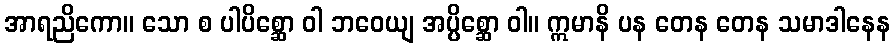
အာရညိကော။ သော စ ပါပိစ္ဆော ဝါ ဘဝေယျ အပ္ပိစ္ဆော ဝါ။ ဣမာနိ ပန တေန တေန သမာဒါနေန